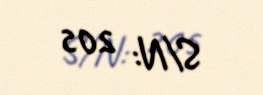
S/N: 205